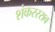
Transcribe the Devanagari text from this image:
शंकररराव